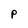
Character: P